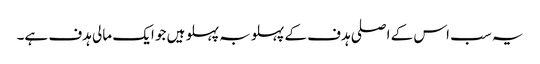
یہ سب اس کے اصلی ہدف کے پہلو بہ پہلو ہیں جو ایک مالی ہدف ہے۔